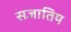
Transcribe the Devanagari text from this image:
सजातिय